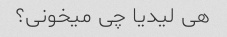
هی لیدیا چی میخونی؟